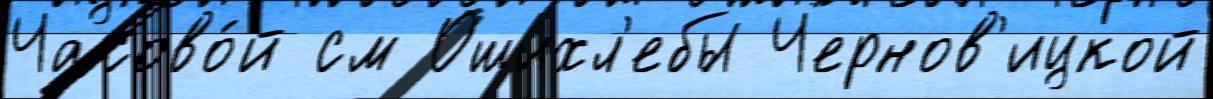
Часово́й см Ошихл'ебы Чернов'ицкой